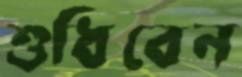
শুধিবেন